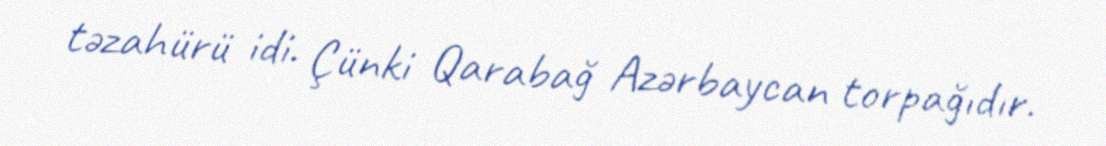
təzahürü idi. Çünki Qarabağ Azərbaycan torpağıdır.